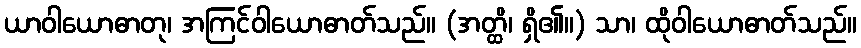
ယာဝါယောဓာတု၊ အကြင်ဝါယောဓာတ်သည်။ (အတ္ထိ၊ ရှိ၏။) သာ၊ ထိုဝါယောဓာတ်သည်။